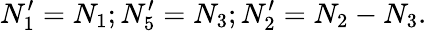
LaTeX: N_{1}^{\prime}=N_{1};N_{5}^{\prime}=N_{3};N_{2}^{\prime}=N_{2}-N_{3}.